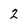
Character: 2